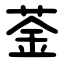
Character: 菳